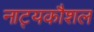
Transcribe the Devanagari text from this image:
नाट्यकौशल